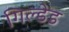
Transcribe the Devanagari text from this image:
गिल्डेड